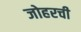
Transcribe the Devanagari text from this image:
जोहरची